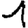
Digit: 1